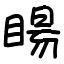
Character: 䁑